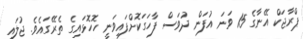
ޕްރާޖަކް އޭނާގެ 15 ވަނަ އުފަން ދުވަސް ފާހަގަކޮށްފައިވަނީ ހޮހޮޅައިގެ ތެރޭގައެވެ. ޖުލައި